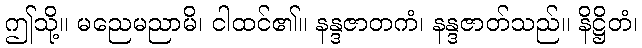
ဤသို့။ မညေမညာမိ၊ ငါထင်၏။ နန္ဒဇာတကံ၊ နန္ဒဇာတ်သည်။ နိဋ္ဌိတံ၊